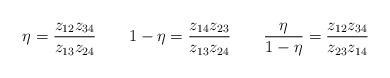
LaTeX: \begin{align*}\eta=\frac{z_{12}z_{34}}{z_{13}z_{24}} \qquad 1-\eta=\frac{z_{14}z_{23}}{z_{13}z_{24}} \qquad\frac{\eta}{1-\eta}=\frac{z_{12}z_{34}}{z_{23}z_{14}}\end{align*}